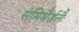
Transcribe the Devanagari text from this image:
संमिश्रैर्जलैः